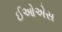
ઈઓએસ